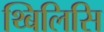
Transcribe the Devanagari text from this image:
थ्बिलिसि